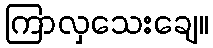
ကြာလှသေးချေ။